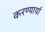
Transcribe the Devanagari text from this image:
करण्यार्या